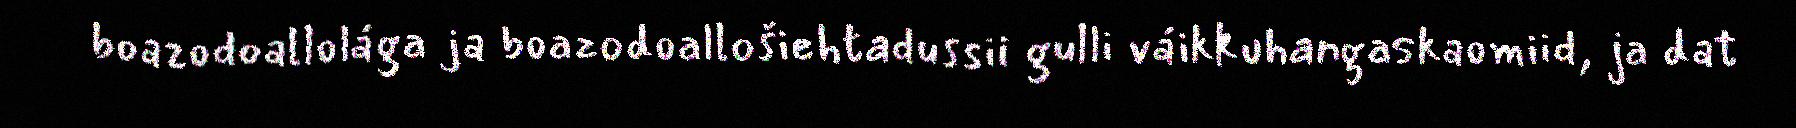
boazodoallolága ja boazodoallošiehtadussii gulli váikkuhangaskaomiid, ja dat